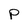
Character: p